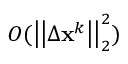
O ( \big | \big | \Delta \mathbf { x } ^ { k } \big | \big | _ { 2 } ^ { 2 } )